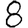
Digit: 8